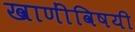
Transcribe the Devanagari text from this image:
खाणींविषयी